Leaving Certificate Examination (including Day School Certificate (Higher) General paper), 1938
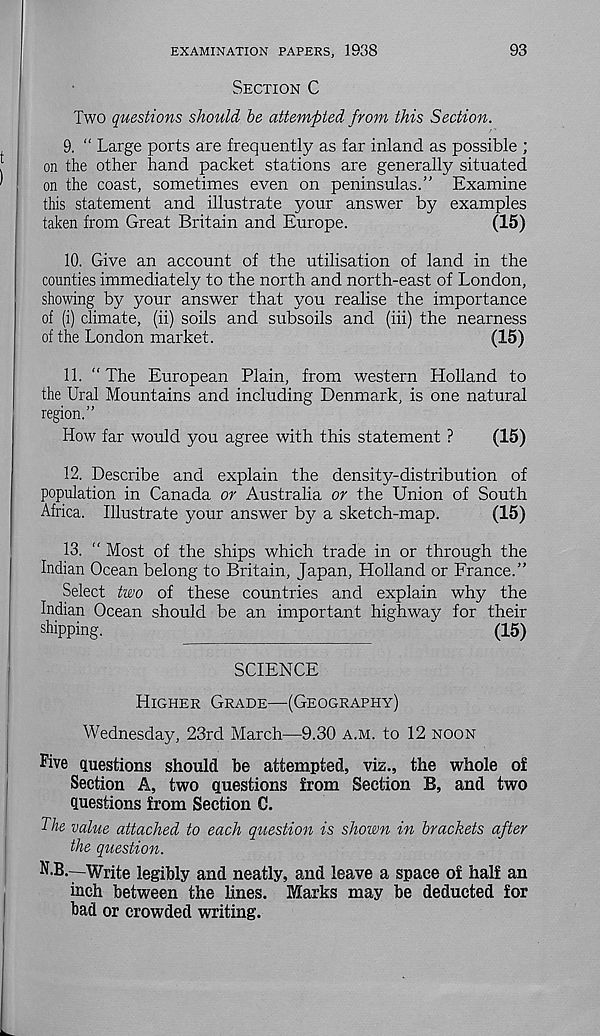
EXAMINATION PAPERS, 1938
93
Section C
Two questions should he attempted from this Section.
9. “ Large ports are frequently as far inland as possible ;
on the other hand packet stations are generally situated
on the coast, sometimes even on peninsulas.” Examine
this statement and illustrate your answer by examples
taken from Great Britain and Europe.
(15)
10. Give an account of the utilisation of land in the
counties immediately to the north and north-east of London,
showing by your answer that you realise the importance
of (i) climate, (ii) soils and subsoils and (iii) the nearness
of the London market.
(15)
11. “The European Plain, from western Holland to
the Ural Mountains and including Denmark, is one natural
region.”
How far would you agree with this statement ?
(15)
12. Describe and explain the density-distribution of
population in Canada or Australia or the Union of South
Africa. Illustrate your answer by a sketch-map.
(15)
13. “ Most of the ships which trade in or through the
Indian Ocean belong to Britain, Japan, Holland or France.”
Select two of these countries and explain why the
Indian Ocean should be an important highway for their
shipping.
(15)
SCIENCE
Higher Grade—(Geography)
Wednesday, 23rd March—9.30 a.m. to 12 noon
Five questions should be attempted, viz., the whole of
Section A, two questions from Section B, and two
questions from Section 0.
The value attached to each question is shown in brackets after
the question.
N.B.—Write legibly and neatly, and leave a space of half an
inch between the lines. Marks may be deducted for
bad or crowded writing.